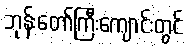
ဘုန်းတော်ကြီးကျောင်းတွင်